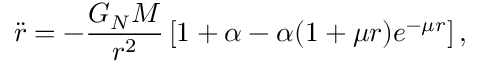
{ \ddot { r } } = - { \frac { G _ { N } M } { r ^ { 2 } } } \left[ 1 + \alpha - \alpha ( 1 + \mu r ) e ^ { - \mu r } \right] ,